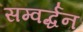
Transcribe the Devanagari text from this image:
सम्वर्द्धन